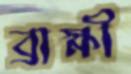
ব্রাহ্মী